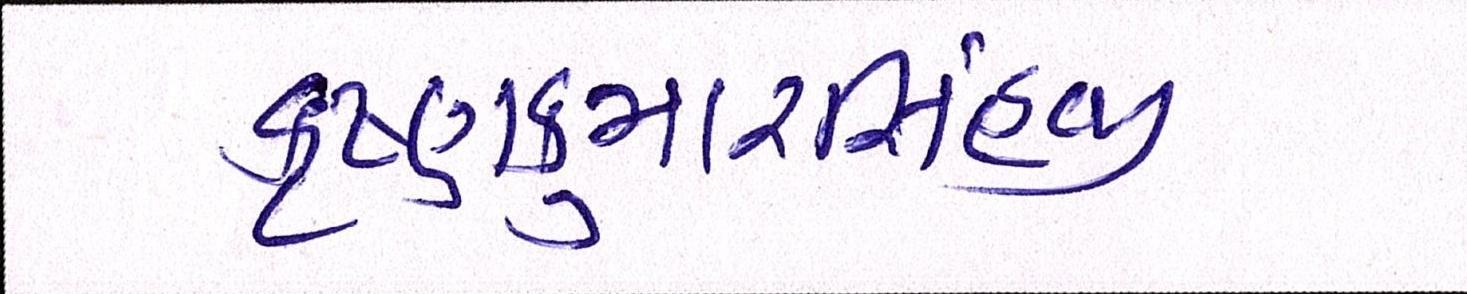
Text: કૃષ્ણકુમારસિંહજી